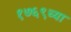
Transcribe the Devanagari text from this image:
१७६९च्या